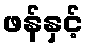
ဖန်နှင့်